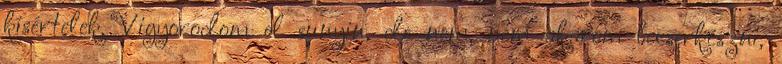
kísértelek. Vigyorodom el sunyin, de nem, nem akarom becserkészni,